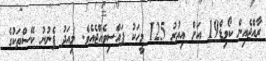
ރާއްޖެއިން ކޯވިޑް19 އަށް އިތުރު 125 މީހަކު ފައްސިވެއްޖެއެވެ. މިއަދު ފެނުނު ކޭސްތަކުގެ